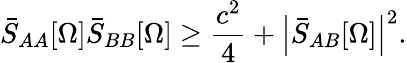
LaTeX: \bar{S}_{AA}[\Omega]\bar{S}_{BB}[\Omega]\geq\frac{c^{2}}{4}+\left|\bar{S}_{AB}[\Omega]\right|^{2}.